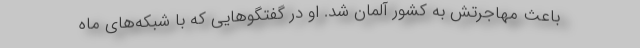
باعث مهاجرتش به کشور آلمان شد. او در گفتگوهایی که با شبکه‌های ماه